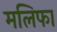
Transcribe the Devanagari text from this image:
मलिफा